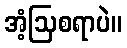
အံ့ဩစရာပဲ။